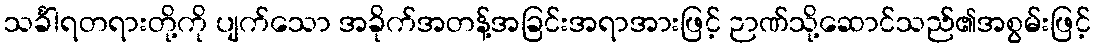
သင်္ခါရတရားတို့ကို ပျက်သော အခိုက်အတန့်အခြင်းအရာအားဖြင့် ဉာဏ်သို့ဆောင်သည်၏အစွမ်းဖြင့်